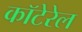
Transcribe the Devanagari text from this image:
कॉटेरेल